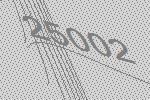
25002